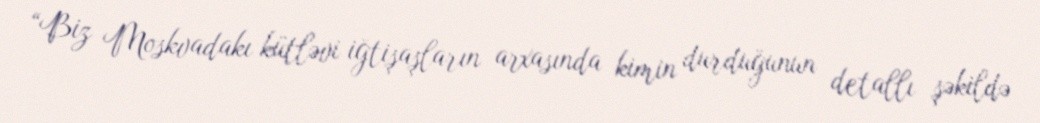
“Biz Moskvadakı kütləvi iğtişaşların arxasında kimin durduğunun detallı şəkildə